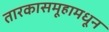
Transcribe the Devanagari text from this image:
तारकासमूहामधून